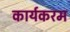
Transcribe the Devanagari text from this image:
कार्यकरम